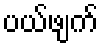
ပယ်ဖျက်